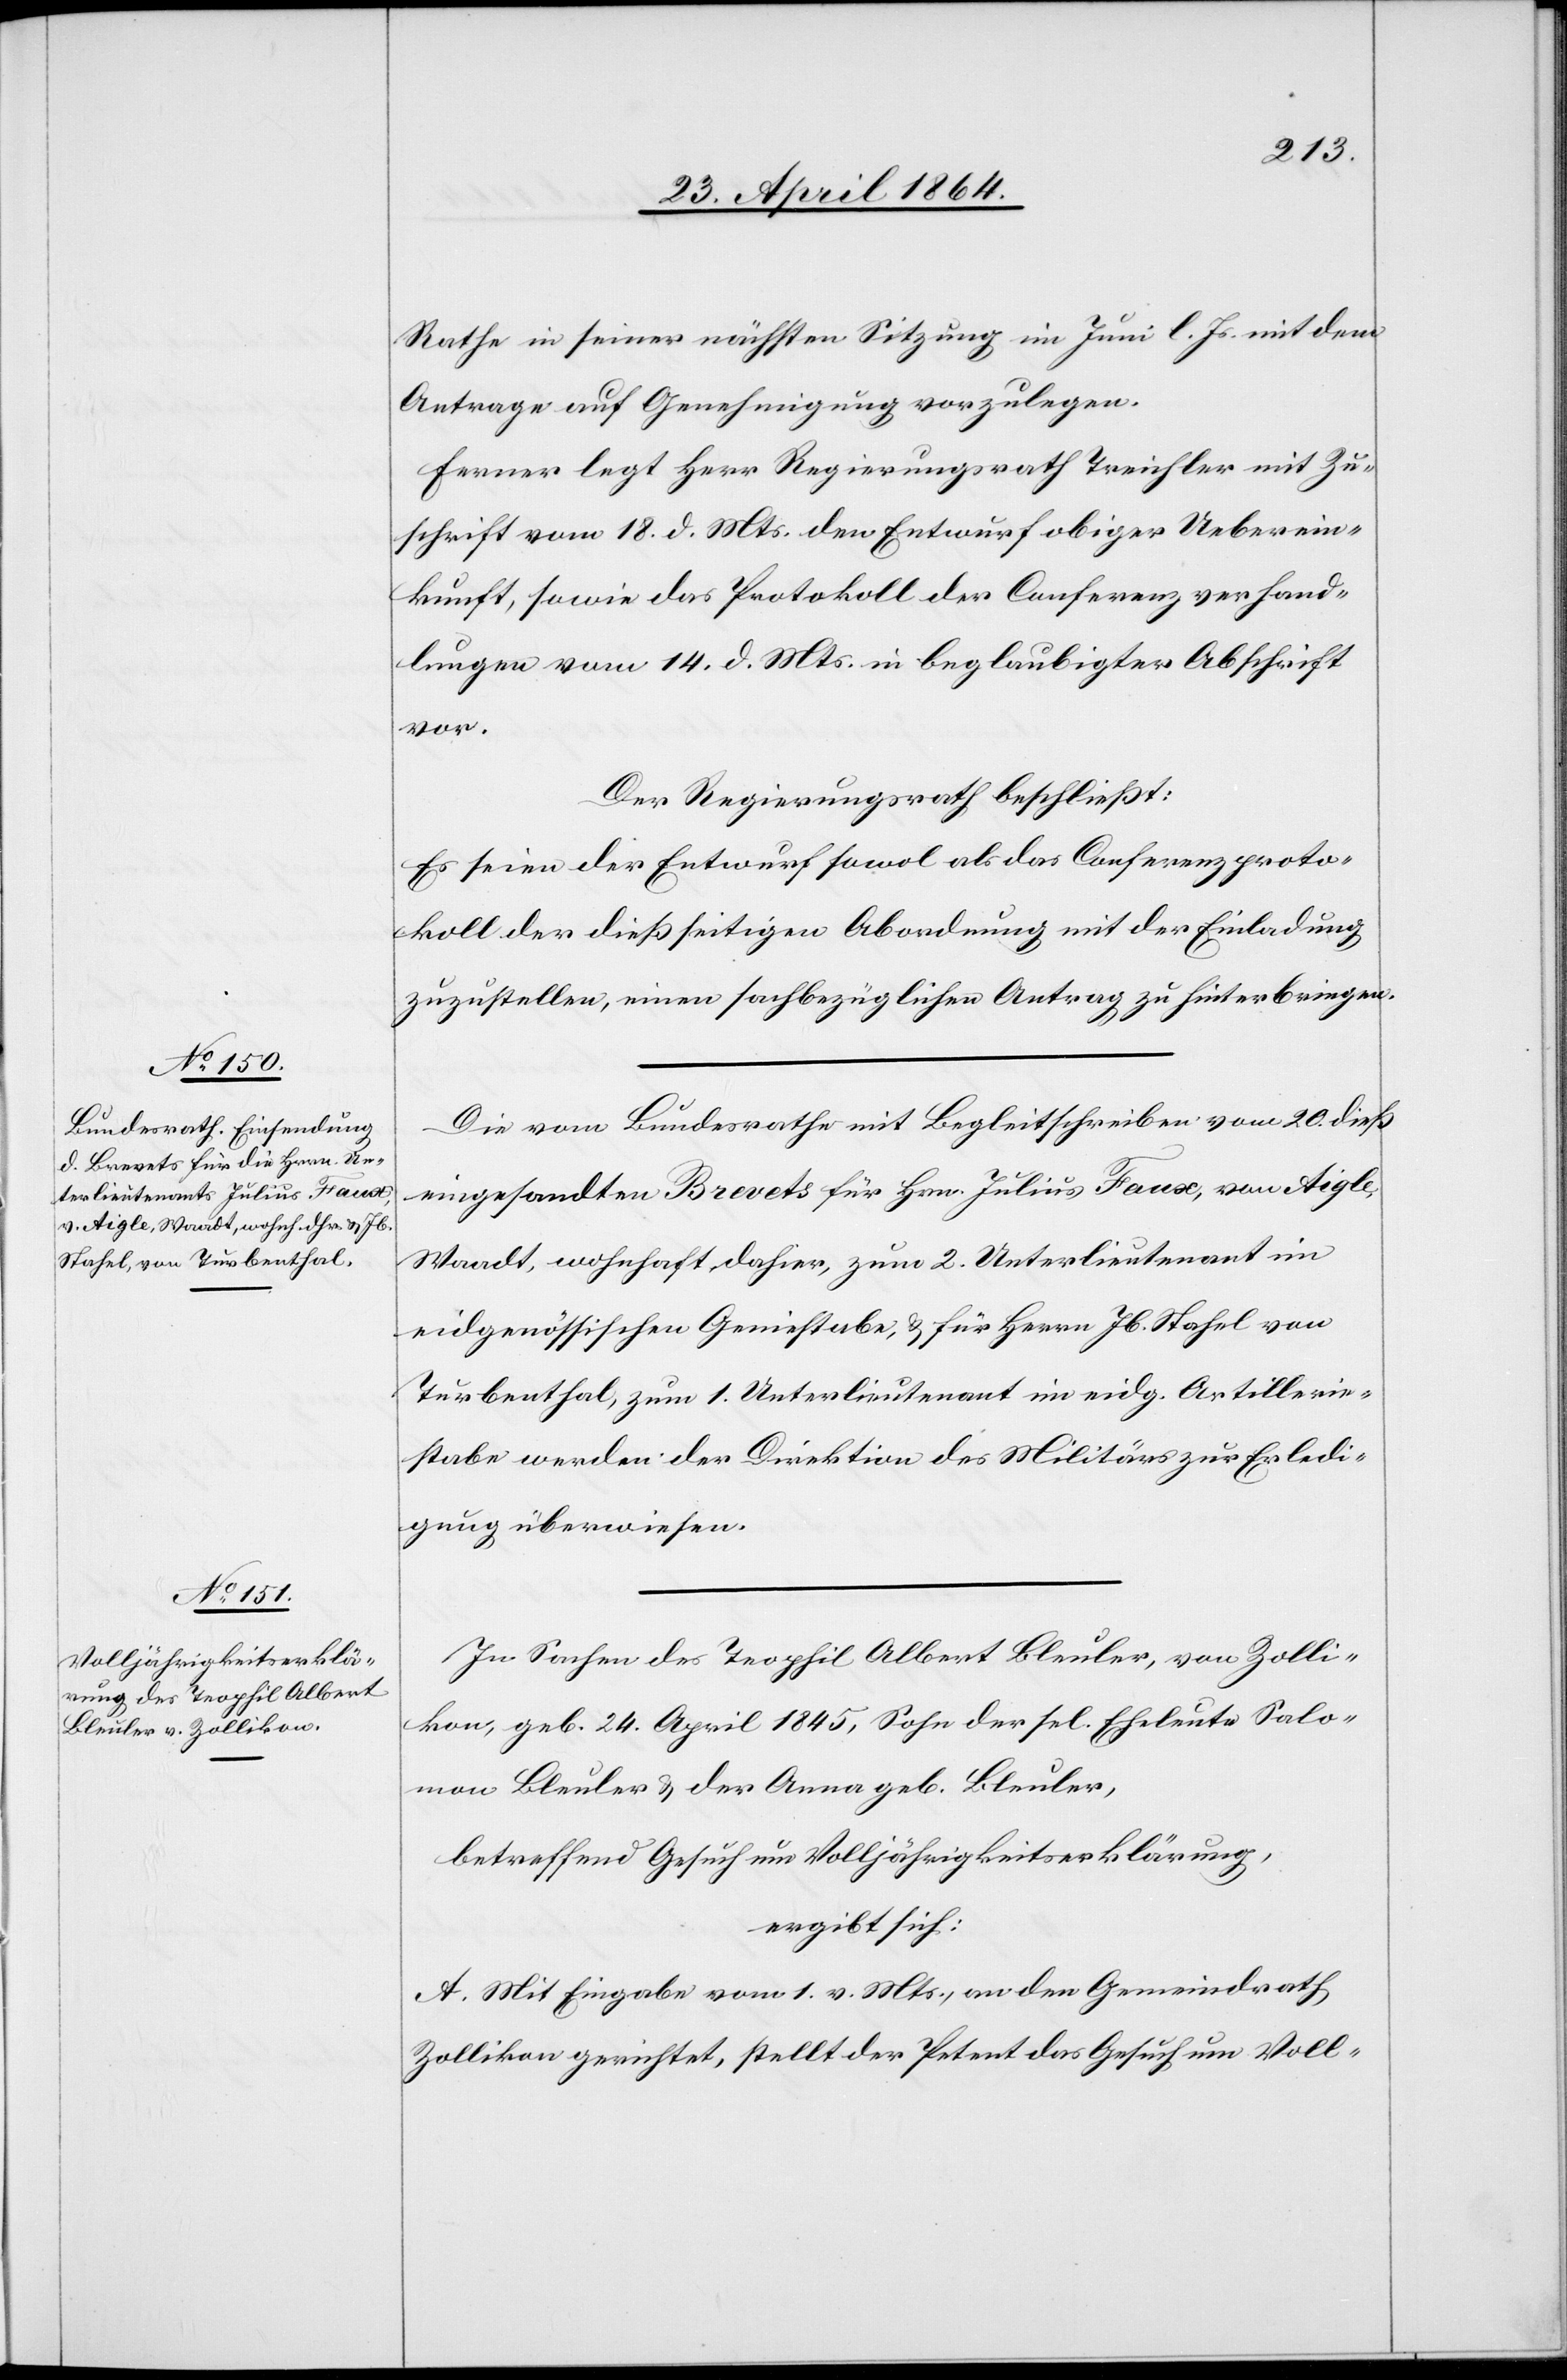
Rathe in seiner nächsten Sitzung im Juni l. Js. mit dem
Antrage auf Genehmigung vorzulegen.
Ferner legt Herr Regierungsrath Treichler mit Zu¬
schrift vom 18. d. Mts. den Entwurf obiger Ueberein¬
kunft, sowie das Protokoll der Conferenzverhand¬
lungen vom 14. d. Mts. in beglaubigter Abschrift
vor.
Der Regierungsrath beschließt:
Es seien der Entwurf sowol als das Conferenzproto¬
koll der dießseitigen Abordnung mit der Einladung
zuzustellen, einen sachbezüglichen Antrag zu hinterbringen.
Die vom Bundesrathe mit Begleitschreiben vom 20. dieß
eingesandten Brevets für Hrn. Julius Faux, von Aigle,
Waadt, wohnhaft dahier, zum 2. Unterlieutenant im
eidgenössischen Geniestabe, u. für Herrn Jb. Stahel von
Turbenthal, zum 1. Unterlieutenant im eidg. Artillerie¬
stabe werden der Direktion des Militärs zur Erledi¬
gung überwiesen.
In Sachen des Teophil Albert Bleuler, von Zolli¬
kon, geb. 24. April 1845, Sohn der sel. Eheleute Salo¬
mon Bleuler u. der Anna geb. Bleuler,
betreffend Gesuch um Volljährigkeitserklärung,
ergibt sich:
A. Mit Eingabe vom 1. v. Mts., an den Gemeindrath
Zollikon gerichtet, stellt der Petent das Gesuch um Voll-